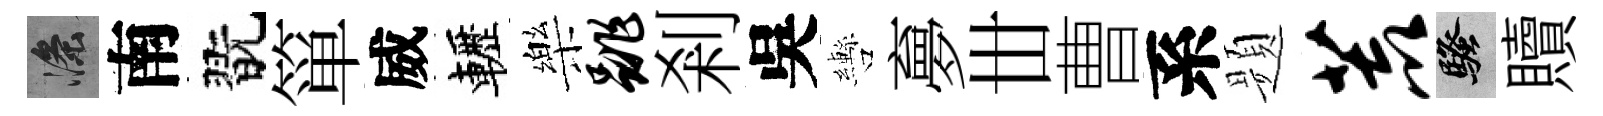
滌南翫箪威轣樂跳剎吳轡夣丗曹系题荒騷贖